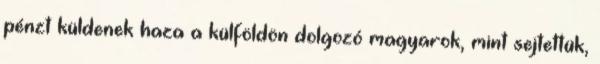
pénzt küldenek haza a külföldön dolgozó magyarok, mint sejtettük,